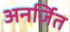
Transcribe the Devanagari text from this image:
अनर्जित